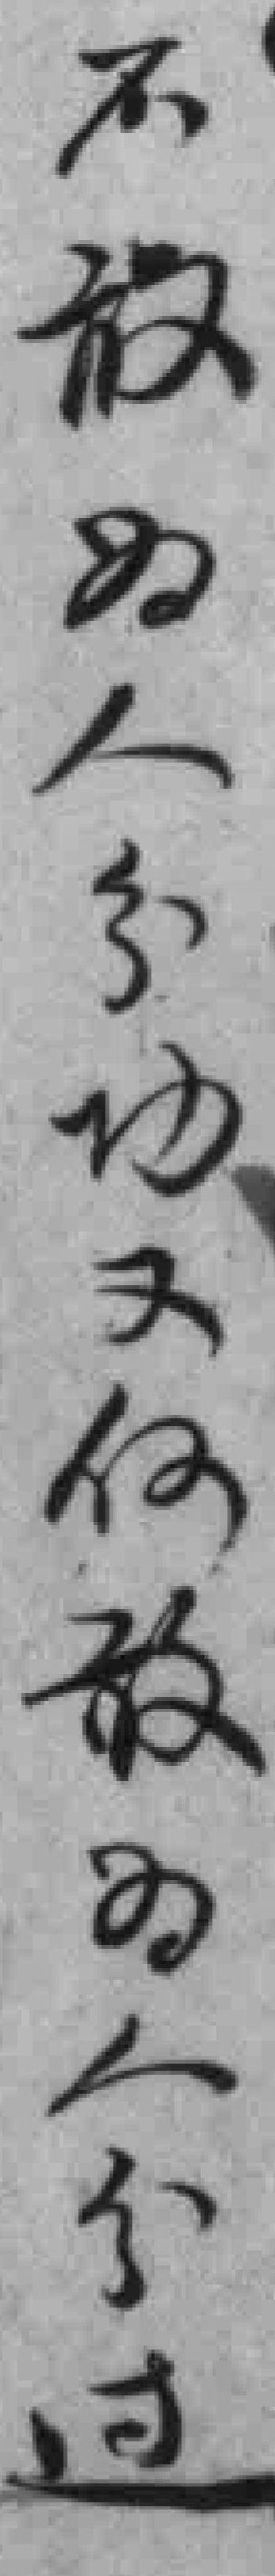
不放別人分功又何放別人分过